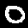
Digit: 0